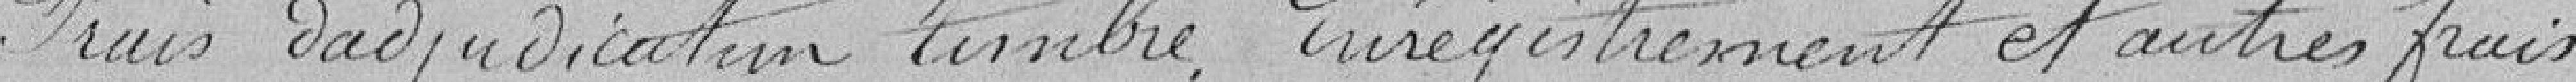
Frais d'adjudication timbre, enregistrement et autres frais